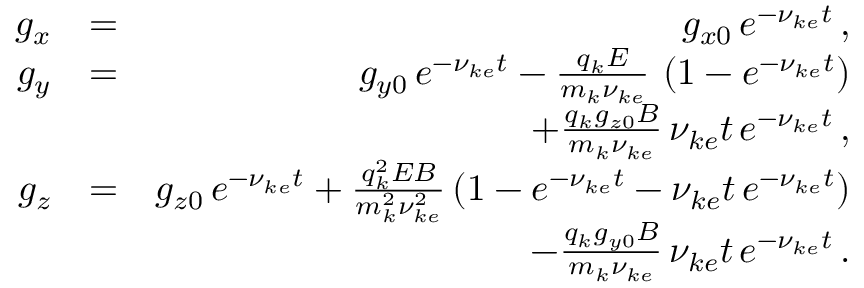
\begin{array} { r l r } { g _ { x } } & { = } & { g _ { x 0 } \, e ^ { - \nu _ { k e } t } \, , } \\ { g _ { y } } & { = } & { g _ { y 0 } \, e ^ { - \nu _ { k e } t } - \frac { q _ { k } E } { m _ { k } \nu _ { k e } } \, \left( 1 - e ^ { - \nu _ { k e } t } \right) } \\ & { } & { + \frac { q _ { k } g _ { z 0 } B } { m _ { k } \nu _ { k e } } \, \nu _ { k e } t \, e ^ { - \nu _ { k e } t } \, , } \\ { g _ { z } } & { = } & { g _ { z 0 } \, e ^ { - \nu _ { k e } t } + \frac { q _ { k } ^ { 2 } E B } { m _ { k } ^ { 2 } \nu _ { k e } ^ { 2 } } \left( 1 - e ^ { - \nu _ { k e } t } - \nu _ { k e } t \, e ^ { - \nu _ { k e } t } \right) } \\ & { } & { - \frac { q _ { k } g _ { y 0 } B } { m _ { k } \nu _ { k e } } \, \nu _ { k e } t \, e ^ { - \nu _ { k e } t } \, . } \end{array}